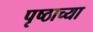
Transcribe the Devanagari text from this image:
पृष्ठाच्या